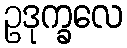
ဥဒုက္ခလေ